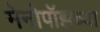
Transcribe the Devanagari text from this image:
मेनोपॉझच्या